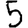
Digit: 5